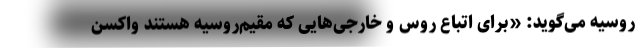
روسیه می‌گوید: «برای اتباع روس و خارجی‌هایی که مقیم‌روسیه هستند واکسن